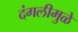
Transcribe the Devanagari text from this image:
दंगलीमुळे